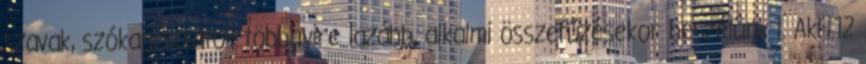
szavak, szókapcsolatok többnyire lazább, alkalmi összefűzésekor beszélünk l. AkH.12